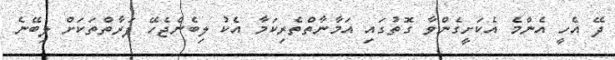
ދޭ އެހީ އެންމެ އެކަށީގެންވާ ގޮތުގައި އަމާނާތްތެރިކަމާ އެކު ލިބެންޖެހޭ ފަރާތްތަކަށް ލިބޭނެ